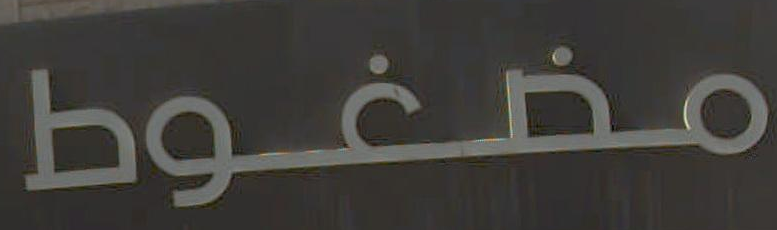
مضغوط